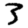
Digit: 3